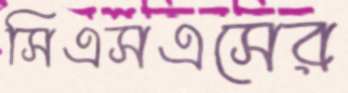
সিএসএসের